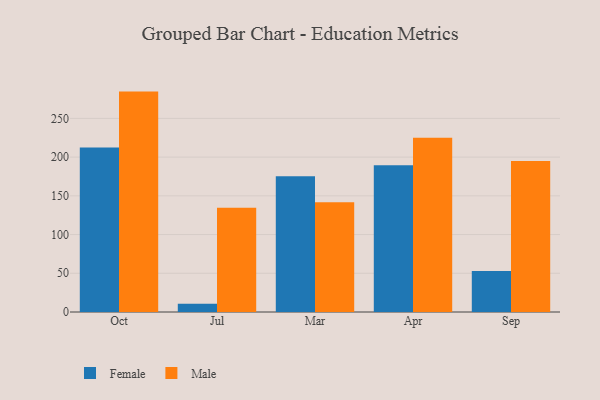
{"axis": {"x": "Month", "y": "Tickets Resolved"}, "legend": ["Female", "Male"], "data": [{"x": "Oct", "y": 212.5, "type": "Female"}, {"x": "Oct", "y": 284.6, "type": "Male"}, {"x": "Jul", "y": 10.8, "type": "Female"}, {"x": "Jul", "y": 134.7, "type": "Male"}, {"x": "Mar", "y": 175.2, "type": "Female"}, {"x": "Mar", "y": 141.6, "type": "Male"}, {"x": "Apr", "y": 189.5, "type": "Female"}, {"x": "Apr", "y": 225.1, "type": "Male"}, {"x": "Sep", "y": 52.9, "type": "Female"}, {"x": "Sep", "y": 194.9, "type": "Male"}]}